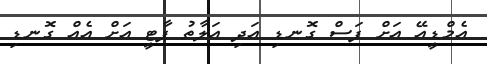
އެމްޑީއޭ އަށް ފަސް ގޮނޑި އަދި އަލާތު ޕާޓީ އަށް އެއް ގޮނޑި